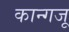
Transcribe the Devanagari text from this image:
कान्गजू